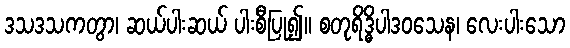
ဒသဒသကတွာ၊ ဆယ်ပါးဆယ် ပါးစီပြု၍။ စတုရိဒ္ဓိပါဒဝသေန၊ လေးပါးသော